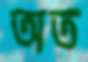
অত